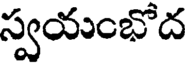
స్వయంభోద